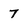
Character: 7